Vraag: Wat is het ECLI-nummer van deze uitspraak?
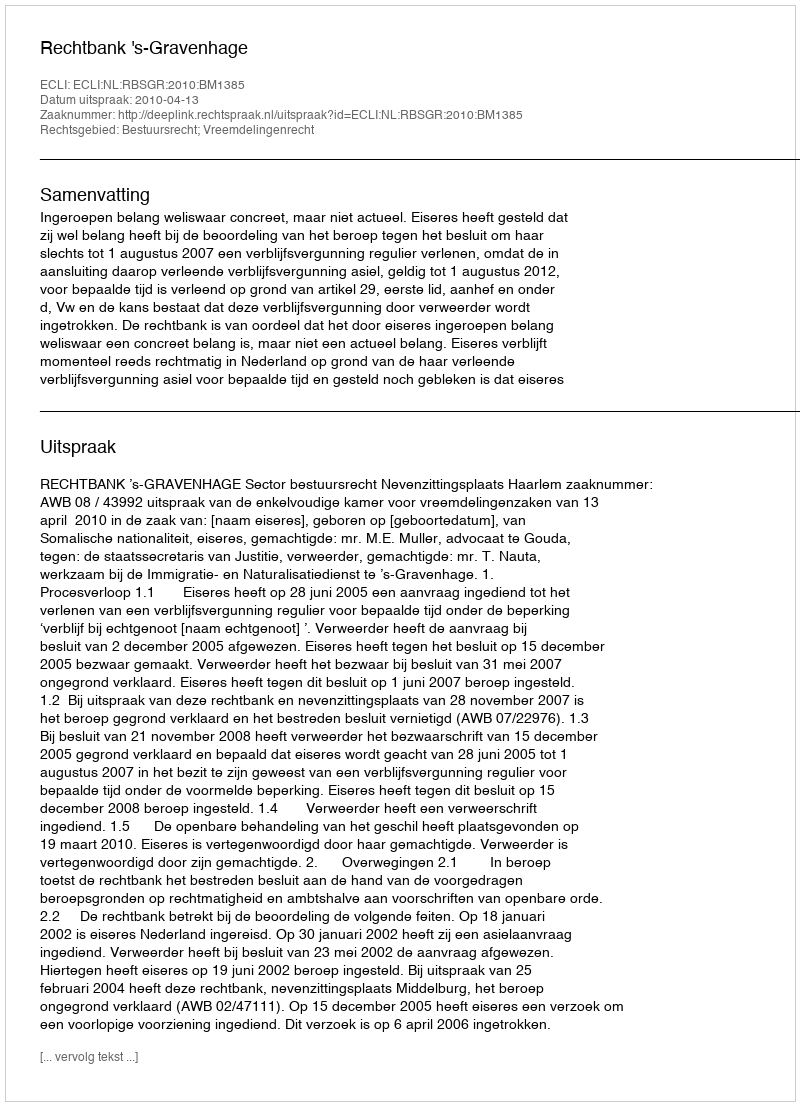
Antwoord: ECLI:NL:RBSGR:2010:BM1385